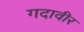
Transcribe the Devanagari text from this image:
गदावीर